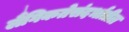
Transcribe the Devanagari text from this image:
लैंगिकतेसंदर्भातील